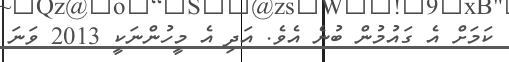
ކަމަށް އެ ގައުމުން ބުނެ އެވެ. އަދި އެ މީހުންނަކީ 2013 ވަނަ